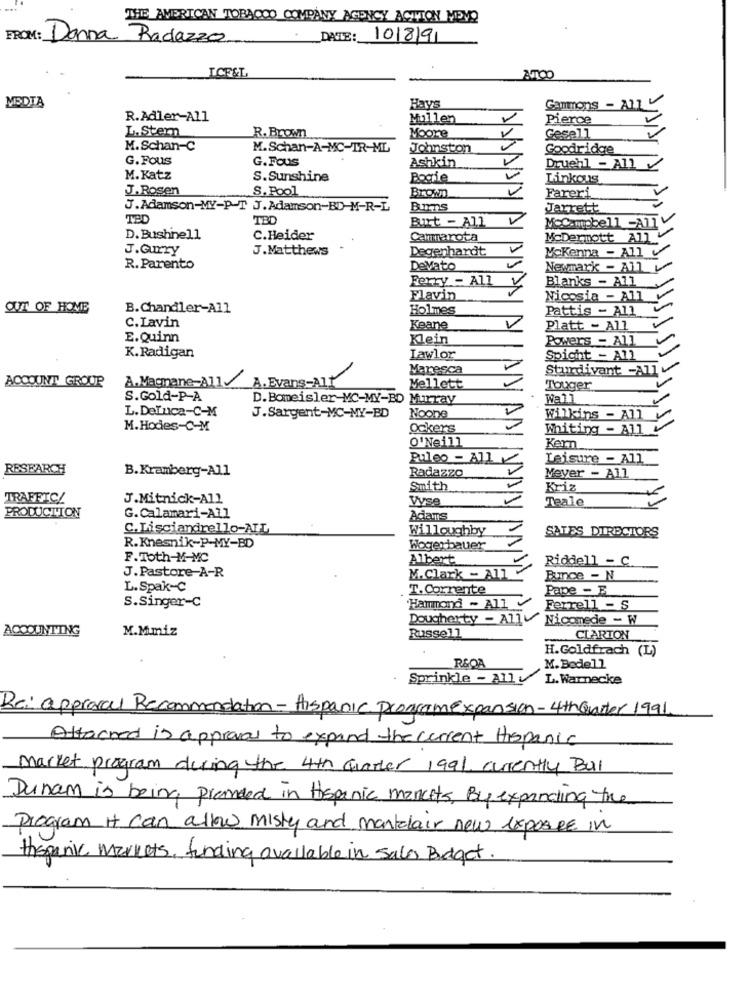
THE AMERICAN TOBACCO COMPANY AGENCY ACTION MEVO
FROM: Donna Radazzo
DATE: 10/8/91
ICE&L
ATOO
MODTA
Havs
Gammons - All
R.Adler-All
Mullen
Pierce
L.Stern
Moore
Gesell
R. Brown
M.Schan-C
M.Schan-A-MC-TR-ML
Johnston
Goodridge
G.Fous
G.Fous
Ashkin
Druehl - Ally
M. Katz
S.Sunshine
Bogie
Linkous
J.Rosen
S. Pool
Brown
Fareri
J.Adamson-MY-P-T J.Adamson-BD-M-R-L
Jarrett
TED
TBD
Burt - All
MoCampbell -AllV
D. Bushnell
C.Heider
Cammarota
McDermott All V
J.Gurry
J.Matthews
Degenhardt
McKenna - All
R. Parento
Devato
Newmark - All V
Ferry - All
Blanks - All
Flavin
Nicosia - All
OUT OF HOME
B.Chandler-All
Holmes
Pattis - All
C.Lavin
Keane
Platt - All
E.Quinn
Klein
Powers - All
K.Radigan
Lawlor
Spichht - All
Maresca
Sturdivant -Allv
ACCOUNT GROUP
A.Magmane-All
A.Evans-Alt
Mellett
Touger
S.Gold-P-A
D. Bomeisler-MC-MY-BD Murray
Wall
L.Deluca-C-M
V
J.Sargent-MC-MY-BD
Noone
Wilkins - All
M. Hodes-C-M
Ockers
Whiting - All
O'Neill
Kern
Puleo - All
Leisure - All
RESEARCH
B. Kramberg-All
Radazzo
Meyer - All
Smith
Kriz
TRAFFIC/
J.Mitnick-All
Vyse
Teale
PRODUCTION
G.Calamari-All
Adams
C.Lisciandrello-ALL
Willoughby
SALES DIRECTORS
R.Knesnik-P-MY-BD
Woger bauer
F.Toth-M-MC
Albert
Riddell - C
J.Pastore A-R
M.Clark - All
Bunce - N
L.Spak-C
T. Corrente
Pape - B
S.Singer-C
Hammond - All
Ferrell - S
Dougherty - All Nicomede - W
ACCOUNTING
M.Mmiz
Russell
CLARION
H.Goldfrach (L)
R&OA
M.Bedell
Sprinkle - All L. Warnecke
Re: approval Recommendation - Hispanic programexpansion-4th Quarter 1991
Attached is approval to expand the current Hispanic
Market program during the 4th Quarter 1991. currently Bal
Dunam is being prended in Hispanic markets, By expanding the
Program It can allow misty and montelair new exposer in
thepanic Markets, funding available in Sala Budget.